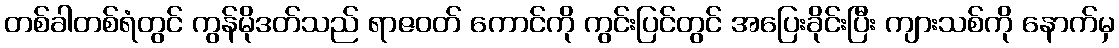
တစ်ခါတစ်ရံတွင် ကွန်မိုဒတ်သည် ရာဇဝတ် ကောင်ကို ကွင်းပြင်တွင် အပြေးခိုင်းပြီး ကျားသစ်ကို နောက်မှ